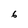
Character: 6